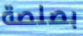
بصلصة